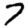
Digit: 7